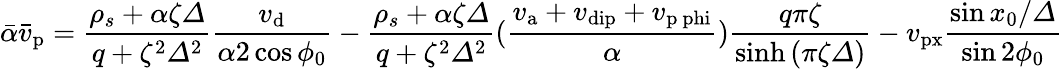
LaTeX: \bar{\alpha}\bar{v}_{\mathrm{p}}=\frac{\rho_{s}+\alpha\zeta\varDelta}{q+\zeta^{2}\varDelta^{2}}\frac{v_{\mathrm{d}}}{\alpha 2\cos\phi_{0}}-\frac{\rho_{s}+\alpha\zeta\varDelta}{q+\zeta^{2}\varDelta^{2}}(\frac{v_{\mathrm{a}}+v_{\mathrm{dip}}+v_{\mathrm{p\ phi}}}{\alpha})\frac{q\pi\zeta}{\sinh\left(\pi\zeta\varDelta\right)}-v_{\mathrm{px}}\frac{\sin{{x_{0}}/{\varDelta}}}{\sin 2\phi_{0}}